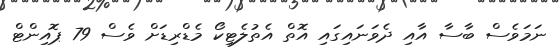
ނަމަވެސް ބާސާ އާއި ދެވަނައިގައި އޮތް އެތުލެޓިކޯ މެޑްރިޑަށް ވެސް 79 ޕޮއިންޓް